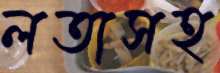
লতাসহ